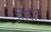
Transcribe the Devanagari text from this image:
सिंबॉल